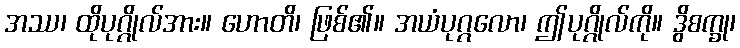
အဿ၊ ထိုပုဂ္ဂိုလ်အား။ ဟောတိ၊ ဖြစ်၏။ အယံပုဂ္ဂလော၊ ဤပုဂ္ဂိုလ်ကို။ ဒွိစက္ခု၊